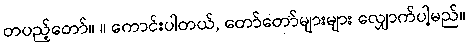
တပည့်တော်။ ။ ကောင်းပါတယ်, တော်တော်များများ လျှောက်ပါ့မည်။